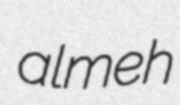
almeh